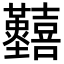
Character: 𡆐